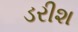
ડરીશ